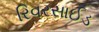
રિવરસાઈડ